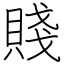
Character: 賤